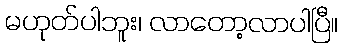
မဟုတ်ပါဘူး၊ လာတော့လာပါပြီ။